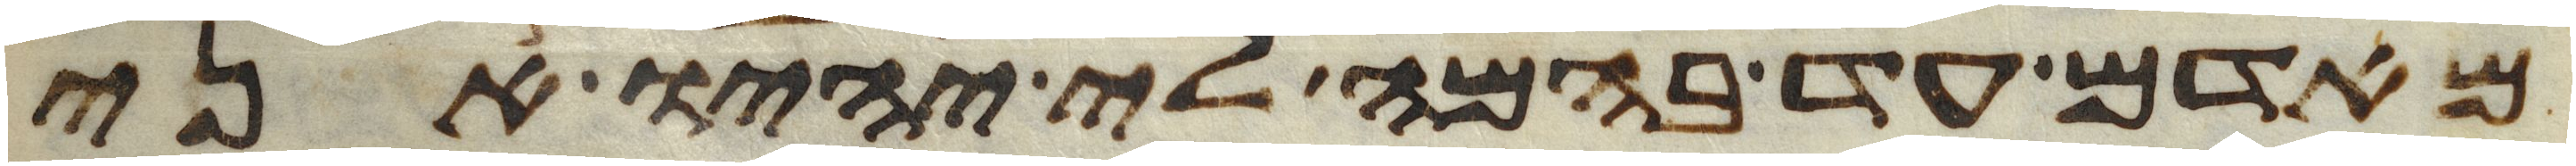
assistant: מאדם עד בהמה לי יהיו אני